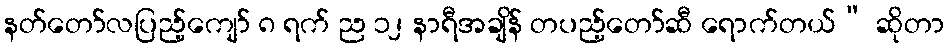
နတ်တော်လပြည့်ကျော် ၈ ရက် ည ၁၂ နာရီအချိန် တပည့်တော်ဆီ ရောက်တယ်” ဆိုတာ